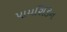
પાયરિડિન